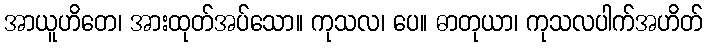
အာယူဟိတေ၊ အားထုတ်အပ်သော။ ကုသလ၊ ပေ။ ဓာတုယာ၊ ကုသလပါက်အဟိတ်